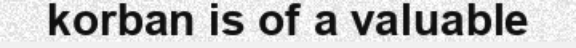
korban is of a valuable